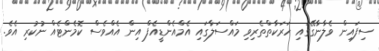
ސިފައިން ވެލާނާގޭގައި ހަރަކާތްތެރިވި މައްސަލާގައި އެމްއެންޑީއެފް އިން އެއްވެސް ކޮމެންޓެއް ނުކުރި އެވެ.